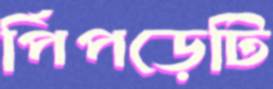
পিঁপড়েটি